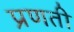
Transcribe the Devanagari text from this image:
प्रणती